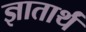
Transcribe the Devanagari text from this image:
ज्ञातार्थं